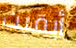
أبقيت